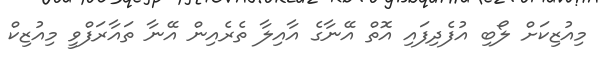
މިއުޒިކަށް ލޯބި އުފެދިފައި އޮތް އޭނާގެ އާއިލާ ތެރެއިން އޭނާ ތައާރަފްވީ މިއުޒިކް